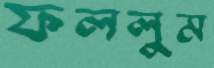
ফললুম